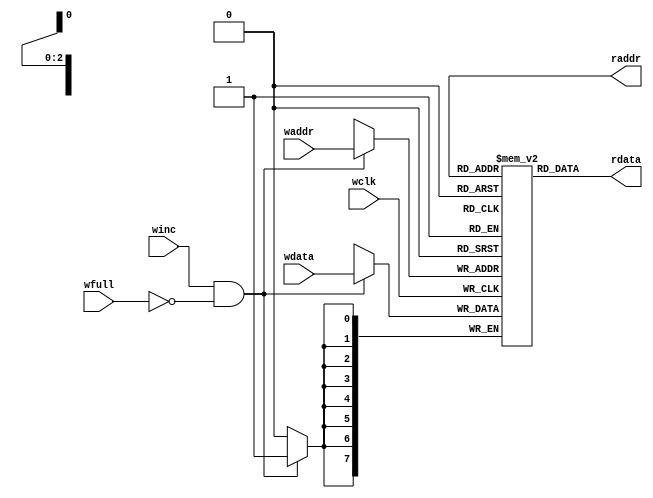
module fifomem
#(
    parameter WIDTH      = 4,
    parameter DATA_WIDTH = 8,
    parameter MEM_DEPTH  = 2**(WIDTH-1)
)(
    input wclk,
    input wire winc,
    input wire wfull,
    input wire [DATA_WIDTH-1:0] wdata,
    input wire [WIDTH-2:0] waddr,

    output wire [WIDTH-2:0] raddr,
    output wire [DATA_WIDTH-1:0] rdata
);

wire wclk_en;    
reg [DATA_WIDTH-1:0] mem [0:MEM_DEPTH-1];

always @(posedge wclk) begin
    if (wclk_en) mem[waddr] <= wdata;
end

assign wclk_en = (winc && (!wfull));
assign rdata   = mem[raddr];

endmodule